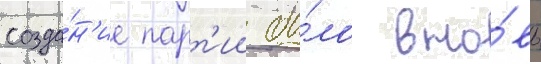
созда́н'ие парт'ии бы́ло вно́вь